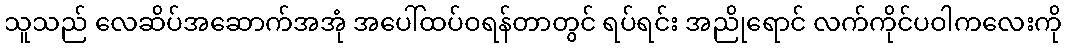
သူသည် လေဆိပ်အဆောက်အအုံ အပေါ်ထပ်ဝရန်တာတွင် ရပ်ရင်း အညိုရောင် လက်ကိုင်ပဝါကလေးကို